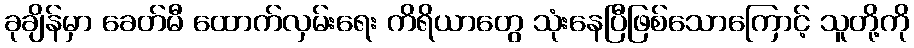
ခုချိန်မှာ ခေတ်မီ ထောက်လှမ်းရေး ကိရိယာတွေ သုံးနေပြီဖြစ်သောကြောင့် သူတို့ကို